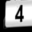
Digit: 4